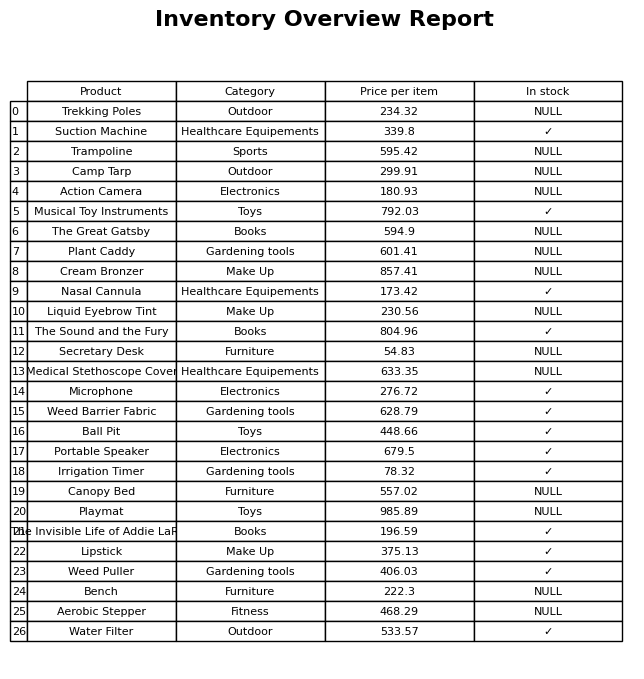
question: What is the price of the Suction Machine?
answer: The price of Suction Machine is 339.8.